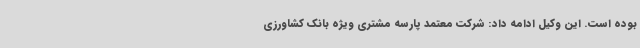
بوده است. این وکیل ادامه داد: شرکت معتمد پارسه مشتری ویژه بانک کشاورزی